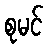
စုမင်